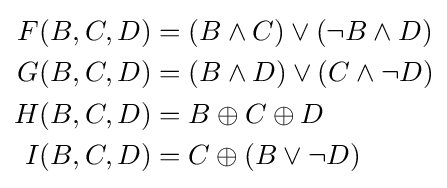
{\begin{aligned}F(B,C,D)&=(B\wedge {C})\vee (\neg {B}\wedge {D})\\G(B,C,D)&=(B\wedge {D})\vee (C\wedge \neg {D})\\H(B,C,D)&=B\oplus C\oplus D\\I(B,C,D)&=C\oplus (B\vee \neg {D})\end{aligned}}